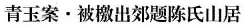
青玉案·被檄出郊题陈氏山居